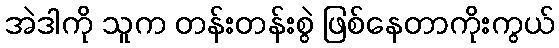
အဲဒါကို သူက တန်းတန်းစွဲ ဖြစ်နေတာကိုးကွယ်